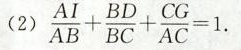
$$\frac { AI } { AB } + \frac { BD } { BC } + \frac { CG } { AC } = 1$$